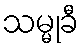
သမ္မုခီ